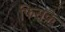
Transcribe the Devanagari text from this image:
फिसके